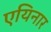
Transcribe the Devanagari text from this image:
एयिनार